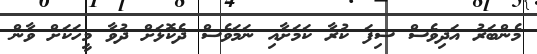
މެންބަރު އަދިވެސް ސިފަ ކުރާ ކަމަށާއި ނަމަވެސް ދެކޮޅަށް ދުވާ މީހަކަށް ވާން